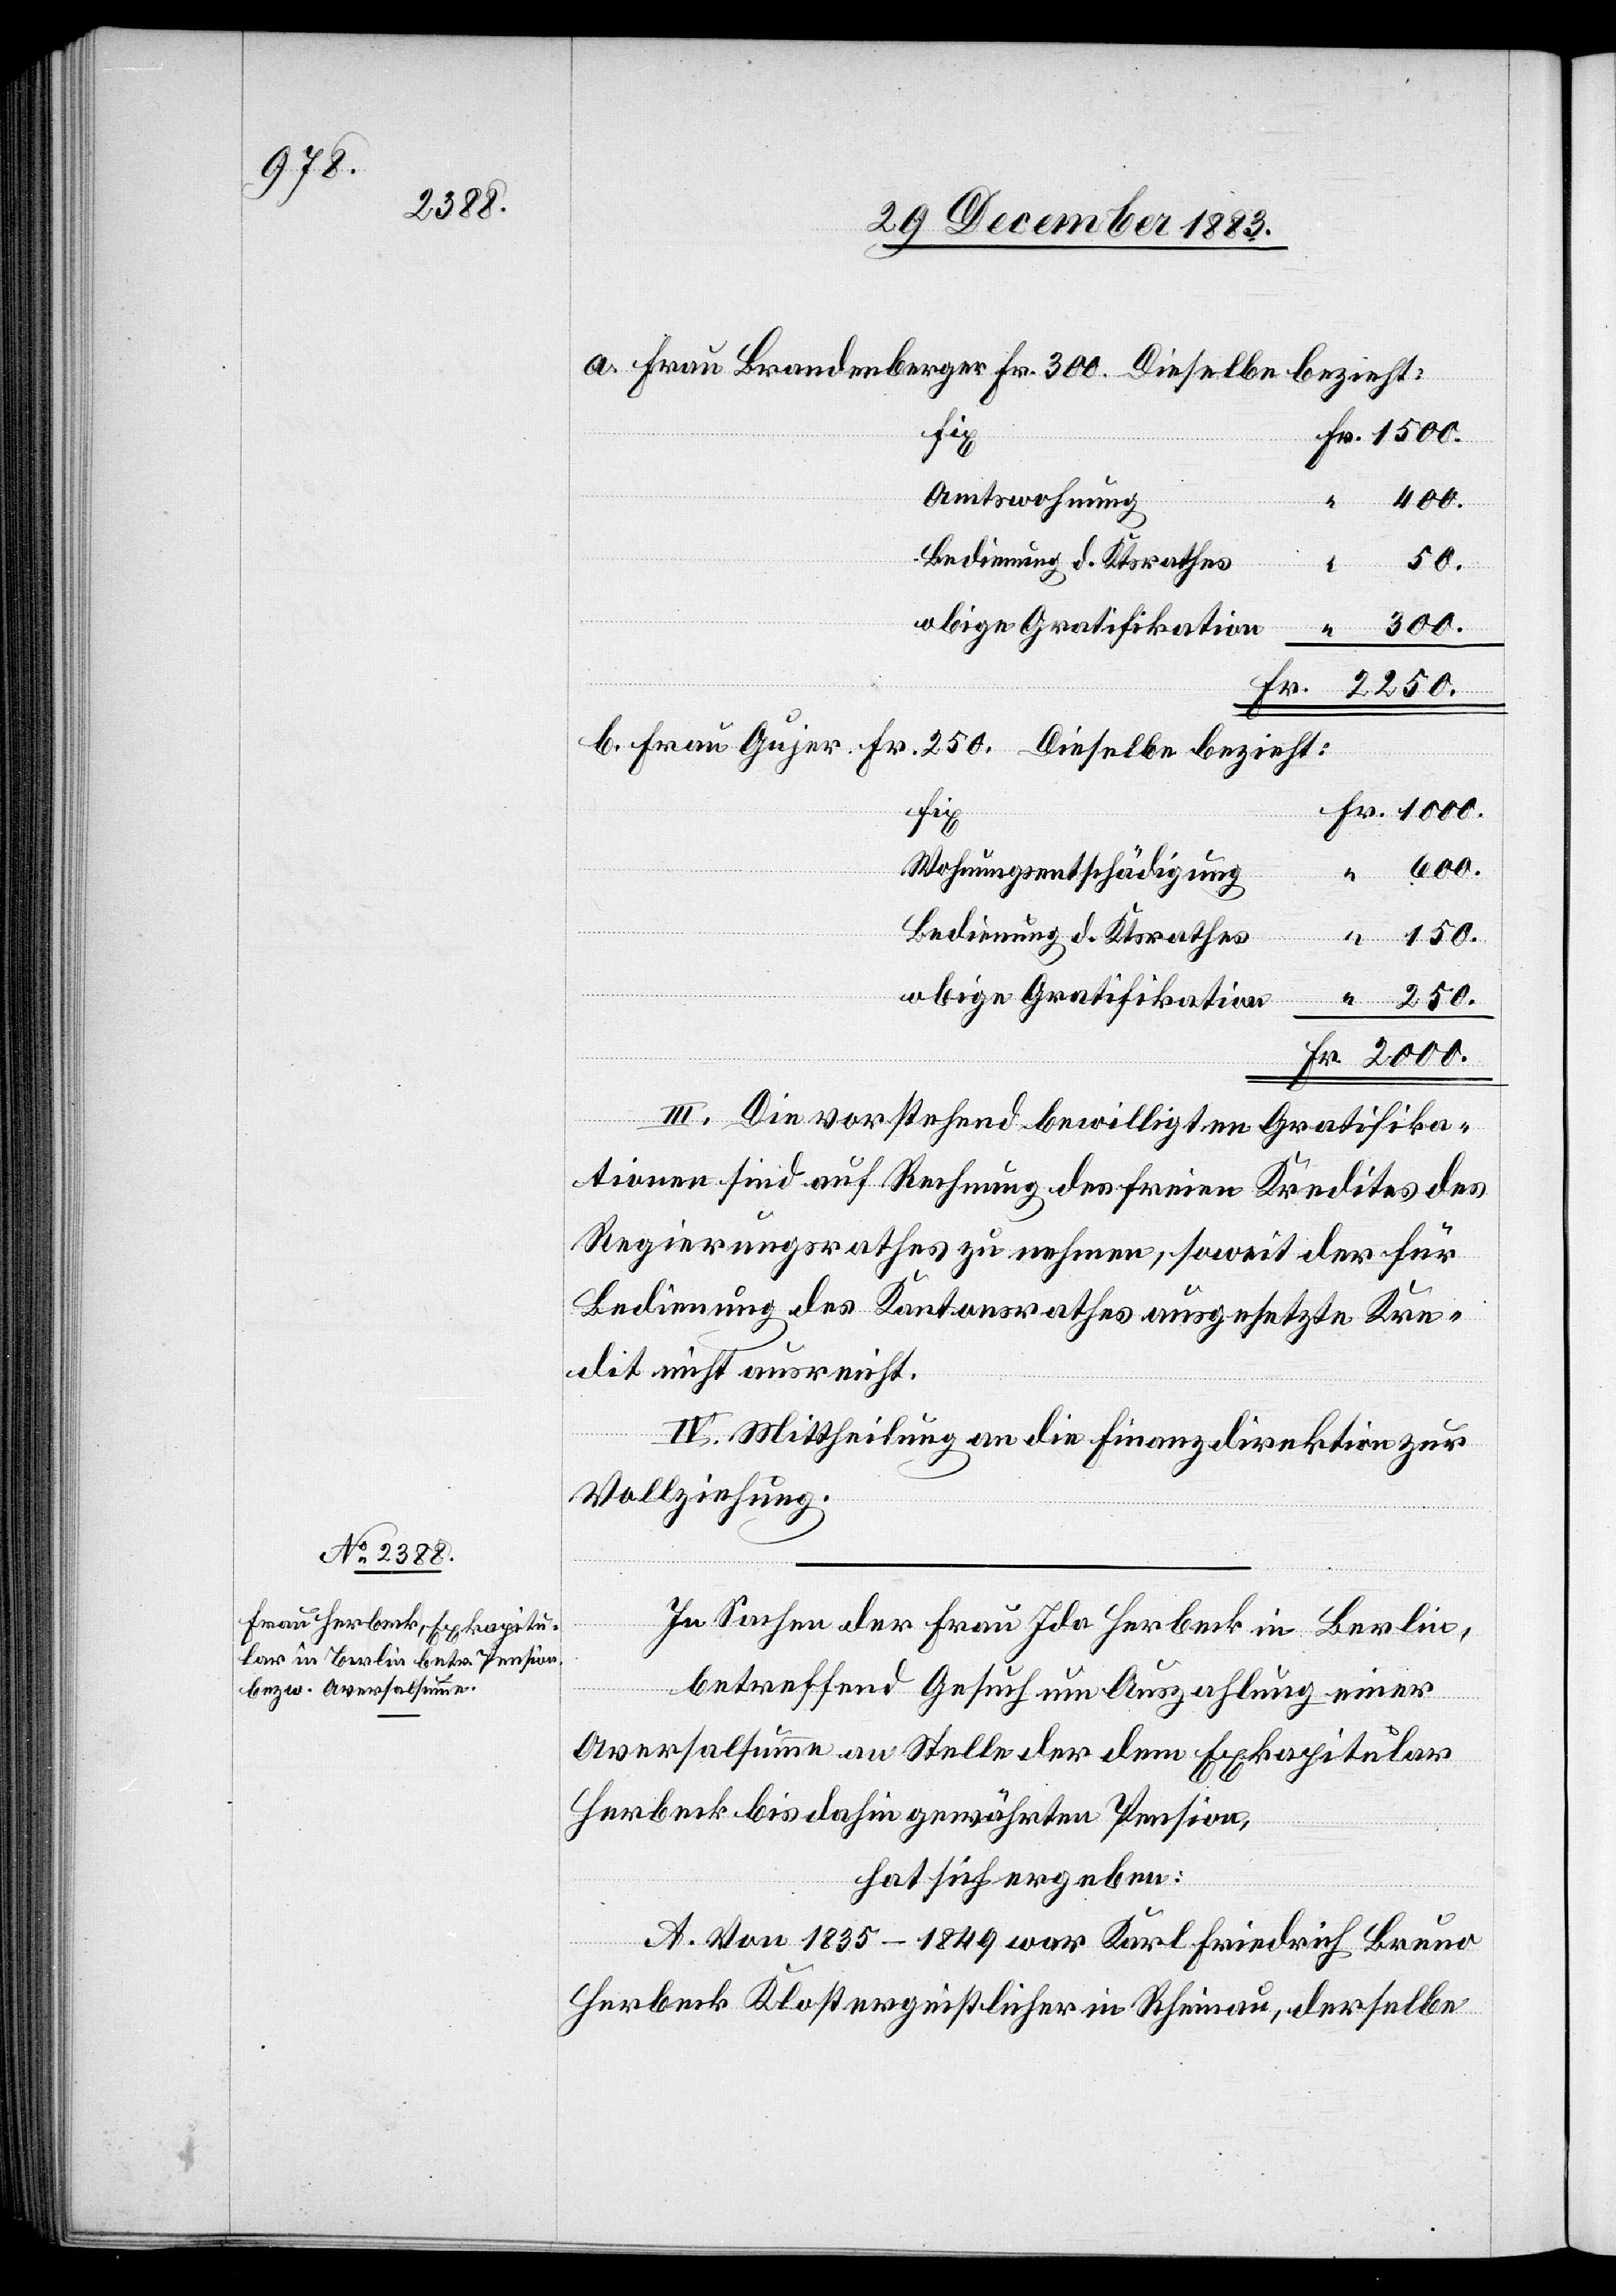
a. Frau Brandenberger Fr. 300. Dieselbe bezieht:
fix
Amtswohnung
600.
Bedienung d. Ktsrathes
150.
obige Gratifikation
2000.
Fr.
2250.
b. Frau Gujer
Fr. 250. Dieselbe bezieht:
fix
Wohnungsentschädigung
III. Die vorstehend bewilligten Gratifika¬
tionen sind auf Rechnung des freien Kredites des
Regierungsrathes zu nehmen, soweit der für
Bedienung des Kantonsrathes ausgesetzte Kre¬
dit nicht ausreicht.
IV. Mittheilung an die Finanzdirektion zur
Vollziehung.
In Sachen der Frau Ida Herbeck in Berlin,
betreffend Gesuch um Auszahlung einer
Aversalsumme an Stelle der dem Exkapitular
Herbeck bis dahin gewährte Pension,
hat sich ergeben:
A. Von 1835–1849 war Karl Friedrich Bruno
Herbeck Klostergeistlicher in Rheinau, derselbe